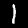
Digit: 1